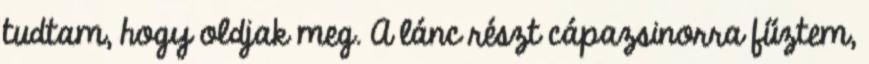
tudtam, hogy oldjak meg. A lánc részt cápazsinorra fűztem,